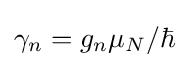
\gamma _{n}=g_{n}\mu _{N}/\hbar